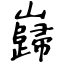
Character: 巋